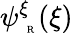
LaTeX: \psi_{\mathrm{~\tiny~R~}}^{\xi}(\xi)